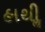
હાથીૢ